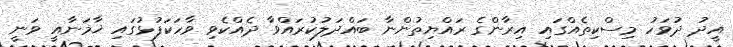
އީދު ދުވަހު މިސްކިތެއްގައި އިރާންގެ ރައްޔިތުންނާ ބައްދަލުކުރައްވާ ދެއްކެވި ވާހަކަފުޅުގައި ޚާމަނާއީ ވަނީ